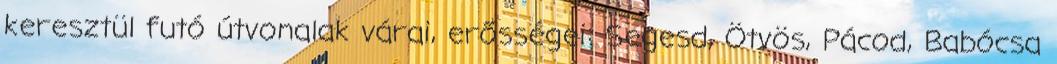
keresztül futó útvonalak várai, erősségei: Segesd, Ötvös, Pácod, Babócsa